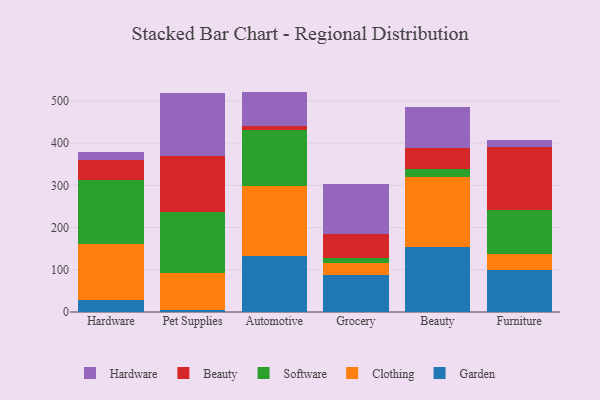
{"axis": {"x": "Category", "y": "Production Output"}, "legend": ["Beauty", "Clothing", "Garden", "Hardware", "Software"], "data": [{"x": "Hardware", "y": 28.2, "type": "Garden"}, {"x": "Hardware", "y": 133.3, "type": "Clothing"}, {"x": "Hardware", "y": 151.8, "type": "Software"}, {"x": "Hardware", "y": 47.8, "type": "Beauty"}, {"x": "Hardware", "y": 18.9, "type": "Hardware"}, {"x": "Pet Supplies", "y": 5.7, "type": "Garden"}, {"x": "Pet Supplies", "y": 86.5, "type": "Clothing"}, {"x": "Pet Supplies", "y": 144.5, "type": "Software"}, {"x": "Pet Supplies", "y": 131.6, "type": "Beauty"}, {"x": "Pet Supplies", "y": 151.4, "type": "Hardware"}, {"x": "Automotive", "y": 132.2, "type": "Garden"}, {"x": "Automotive", "y": 165.4, "type": "Clothing"}, {"x": "Automotive", "y": 132.9, "type": "Software"}, {"x": "Automotive", "y": 9.1, "type": "Beauty"}, {"x": "Automotive", "y": 82.3, "type": "Hardware"}, {"x": "Grocery", "y": 86.5, "type": "Garden"}, {"x": "Grocery", "y": 28.4, "type": "Clothing"}, {"x": "Grocery", "y": 12.8, "type": "Software"}, {"x": "Grocery", "y": 57.7, "type": "Beauty"}, {"x": "Grocery", "y": 117.8, "type": "Hardware"}, {"x": "Beauty", "y": 153.6, "type": "Garden"}, {"x": "Beauty", "y": 166.2, "type": "Clothing"}, {"x": "Beauty", "y": 19.6, "type": "Software"}, {"x": "Beauty", "y": 49.3, "type": "Beauty"}, {"x": "Beauty", "y": 97.3, "type": "Hardware"}, {"x": "Furniture", "y": 100.4, "type": "Garden"}, {"x": "Furniture", "y": 36.2, "type": "Clothing"}, {"x": "Furniture", "y": 105.3, "type": "Software"}, {"x": "Furniture", "y": 149.6, "type": "Beauty"}, {"x": "Furniture", "y": 15.8, "type": "Hardware"}]}